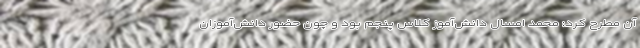
آن مطرح کرد: محمد امسال دانش‌آموز کلاس پنجم بود و چون حضور دانش‌آموزان